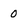
Character: 0